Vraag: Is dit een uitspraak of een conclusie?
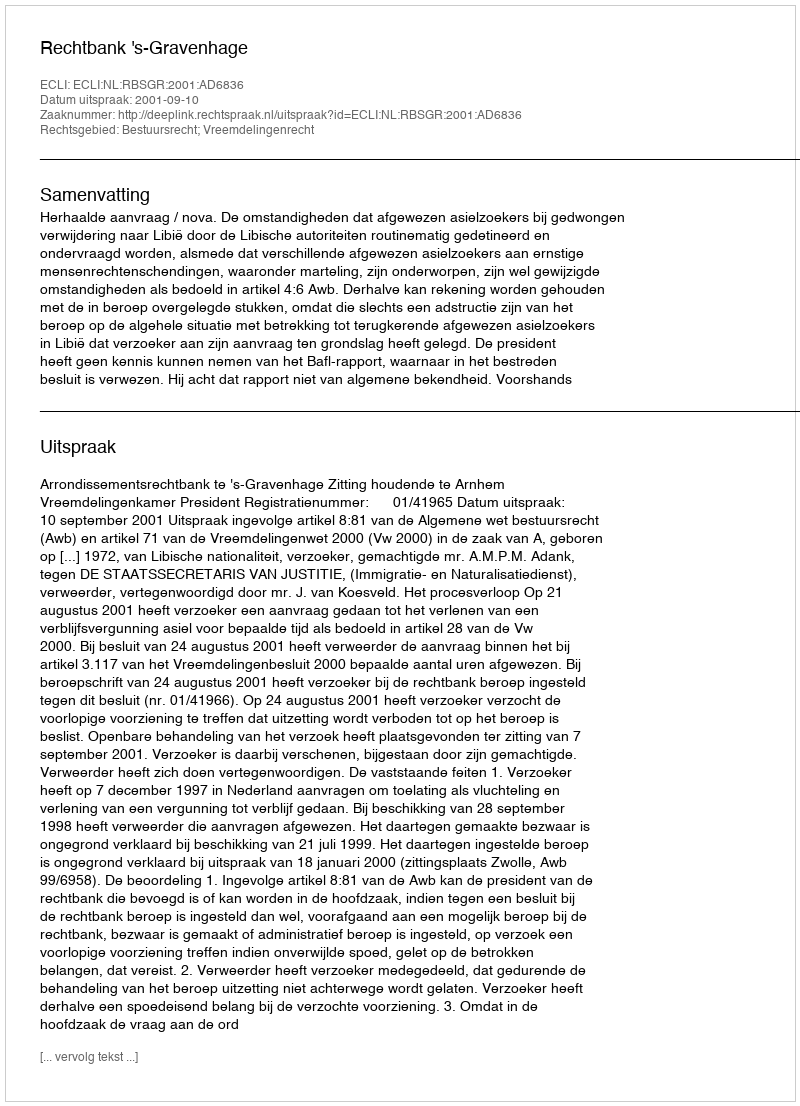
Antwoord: Uitspraak